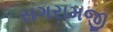
સગરામજી